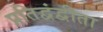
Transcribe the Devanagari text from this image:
प्रतिद्वंद्वीता